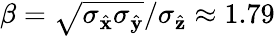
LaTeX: \beta=\sqrt{\sigma_{\hat{\mathbf{x}}}\sigma_{\hat{\mathbf{y}}}}/\sigma_{\hat{\mathbf{z}}}\approx 1.79